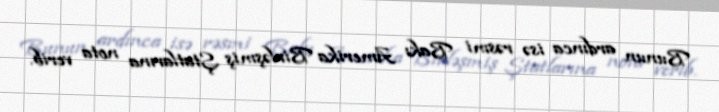
Bunun ardınca isə rəsmi Bakı Amerika Birləşmiş Ştatlarına nota verib.